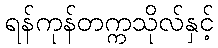
ရန်ကုန်တက္ကသိုလ်နှင့်